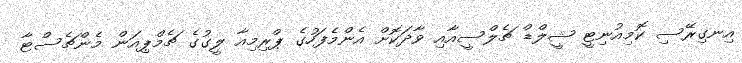
އިނގިރޭސި ކޮމިއުނިޓީ ޝީލްޑް ޗެލްސީއާއި ވާދަކޮށް އެންމެފަހުގެ ޕްރިމިއާ ލީގުގެ ޗެމްޕިއަން މެންޗެސްޓާ